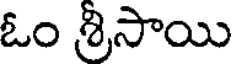
ఓం శ్రీసాయి